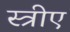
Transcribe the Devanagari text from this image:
स्त्रीए